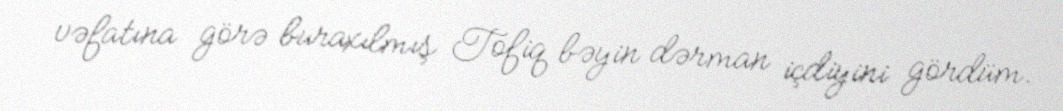
vəfatına görə buraxılmış Tofiq bəyin dərman içdiyini gördüm.